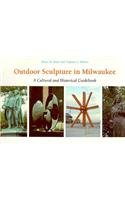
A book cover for Outdoor Sculpture In Milwaukee: A Cultural And Historical Guidebook; Diane Buck; Travel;